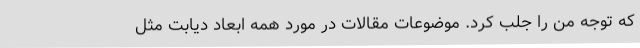
که توجه من را جلب کرد. موضوعات مقالات در مورد همه ابعاد دیابت مثل